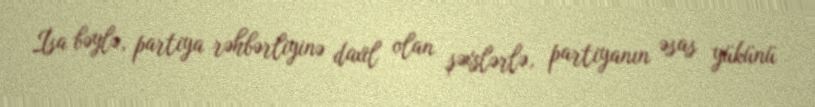
İsa bəylə, partiya rəhbərliyinə daxil olan şəxslərlə, partiyanın əsas yükünü